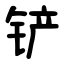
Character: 铲